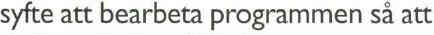
syfte att bearbeta programmen så att